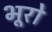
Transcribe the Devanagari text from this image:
भूरो